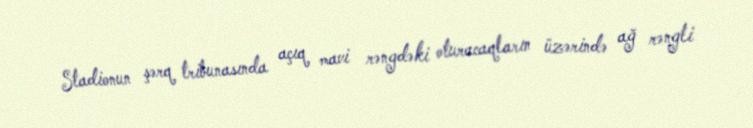
Stadionun şərq tribunasında açıq mavi rəngdəki oturacaqların üzərində ağ rəngli